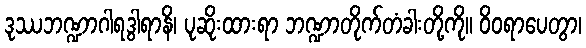
ဒုဿဘဏ္ဍာဂါရဒွါရာနိ၊ ပုဆိုးထားရာ ဘဏ္ဍာတိုက်တံခါးတို့ကို။ ဝိဝရာပေတွာ၊